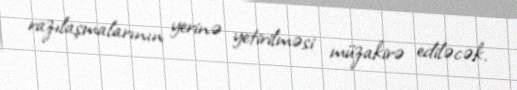
razılaşmalarının yerinə yetirilməsi müzakirə ediləcək.